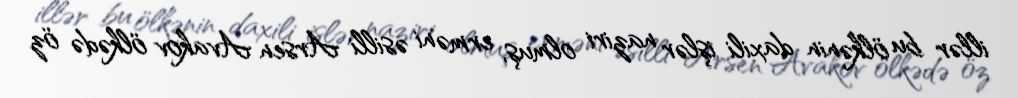
illər bu ölkənin daxili işlər naziri olmuş, erməni əsilli Arsen Avakov ölkədə öz